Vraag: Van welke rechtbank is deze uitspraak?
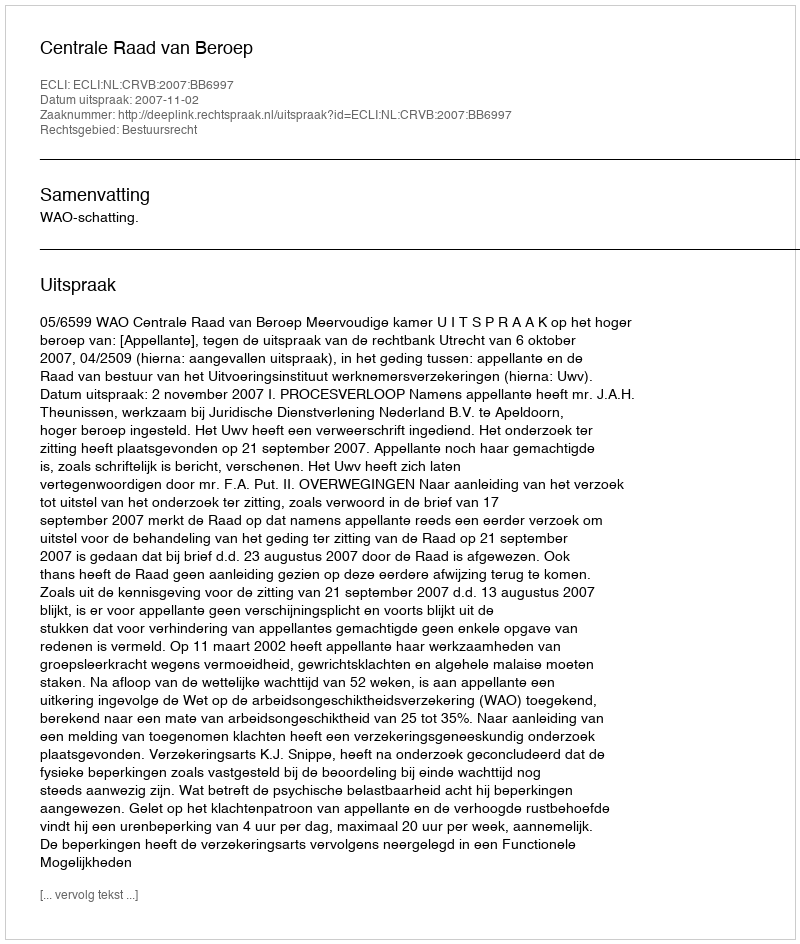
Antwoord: Centrale Raad van Beroep